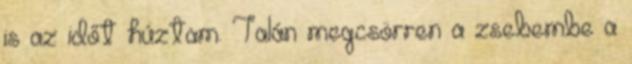
is az időt húztam. Talán megcsörren a zsebembe a